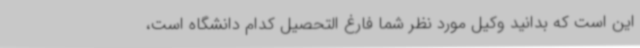
این است که بدانید وکیل مورد نظر شما فارغ التحصیل کدام دانشگاه است،